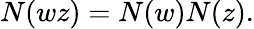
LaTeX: N(wz)=N(w)N(z).